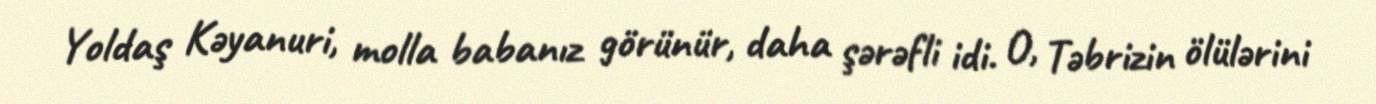
Yoldaş Kəyanuri, molla babanız görünür, daha şərəfli idi. O, Təbrizin ölülərini